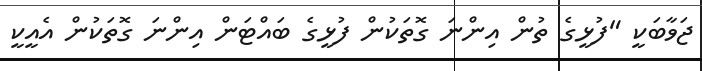
ޖަވާބަކީ "ފުޅީގެ ތުން އިންނަ ގޮތަކުން ފުޅީގެ ބައްޓަން އިންނަ ގޮތަކުން އެއީކީ